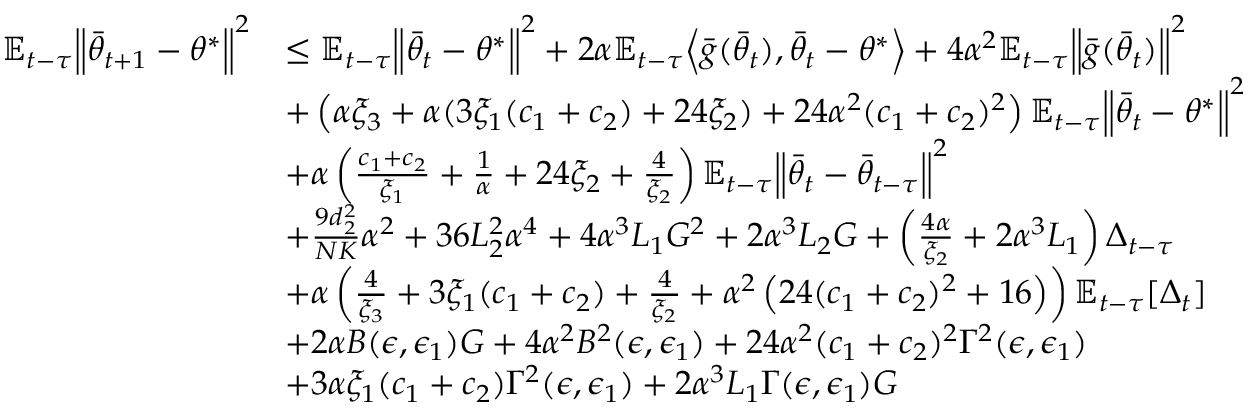
\begin{array} { r l } { \mathbb { E } _ { t - \tau } \Big \lVert \bar { \theta } _ { t + 1 } - \theta ^ { * } \Big \rVert ^ { 2 } } & { \le \mathbb { E } _ { t - \tau } \Big \lVert \bar { \theta } _ { t } - \theta ^ { * } \Big \rVert ^ { 2 } + 2 \alpha \mathbb { E } _ { t - \tau } \Big \langle \bar { g } ( \bar { \theta } _ { t } ) , \bar { \theta } _ { t } - \theta ^ { * } \Big \rangle + 4 \alpha ^ { 2 } \mathbb { E } _ { t - \tau } \Big \lVert \bar { g } ( \bar { \theta } _ { t } ) \Big \rVert ^ { 2 } } \\ & { + \left( \alpha \xi _ { 3 } + \alpha ( 3 \xi _ { 1 } ( c _ { 1 } + c _ { 2 } ) + 2 4 \xi _ { 2 } ) + 2 4 \alpha ^ { 2 } ( c _ { 1 } + c _ { 2 } ) ^ { 2 } \right) \mathbb { E } _ { t - \tau } \Big \lVert \bar { \theta } _ { t } - \theta ^ { * } \Big \rVert ^ { 2 } } \\ & { + \alpha \left( \frac { c _ { 1 } + c _ { 2 } } { \xi _ { 1 } } + \frac { 1 } { \alpha } + 2 4 \xi _ { 2 } + \frac { 4 } { \xi _ { 2 } } \right) \mathbb { E } _ { t - \tau } \Big \lVert \bar { \theta } _ { t } - \bar { \theta } _ { t - \tau } \Big \rVert ^ { 2 } } \\ & { + \frac { 9 d _ { 2 } ^ { 2 } } { N K } \alpha ^ { 2 } + 3 6 L _ { 2 } ^ { 2 } \alpha ^ { 4 } + 4 \alpha ^ { 3 } L _ { 1 } G ^ { 2 } + 2 \alpha ^ { 3 } L _ { 2 } G + \left( \frac { 4 \alpha } { \xi _ { 2 } } + 2 \alpha ^ { 3 } L _ { 1 } \right) \Delta _ { t - \tau } } \\ & { + \alpha \left( \frac { 4 } { \xi _ { 3 } } + 3 \xi _ { 1 } ( c _ { 1 } + c _ { 2 } ) + \frac { 4 } { \xi _ { 2 } } + \alpha ^ { 2 } \left( 2 4 ( c _ { 1 } + c _ { 2 } ) ^ { 2 } + 1 6 \right) \right) \mathbb { E } _ { t - \tau } [ \Delta _ { t } ] } \\ & { + 2 \alpha B ( \epsilon , \epsilon _ { 1 } ) G + 4 \alpha ^ { 2 } B ^ { 2 } ( \epsilon , \epsilon _ { 1 } ) + 2 4 \alpha ^ { 2 } ( c _ { 1 } + c _ { 2 } ) ^ { 2 } \Gamma ^ { 2 } ( \epsilon , \epsilon _ { 1 } ) } \\ & { + 3 \alpha \xi _ { 1 } ( c _ { 1 } + c _ { 2 } ) \Gamma ^ { 2 } ( \epsilon , \epsilon _ { 1 } ) + 2 \alpha ^ { 3 } L _ { 1 } \Gamma ( \epsilon , \epsilon _ { 1 } ) G } \end{array}